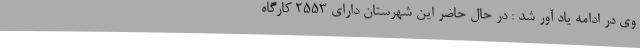
وی در ادامه یاد آور شد : در حال حاضر این شهرستان دارای 2553 کارگاه